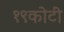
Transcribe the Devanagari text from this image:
१९कोटी